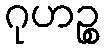
ဂုဟဉ္စ